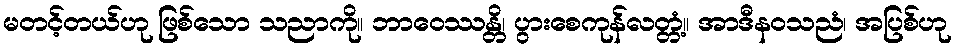
မတင့်တယ်ဟု ဖြစ်သော သညာကို။ ဘာဝေဿန္တိ၊ ပွားစေကုန်လတ္တံ့။ အာဒီနဝသညံ၊ အပြစ်ဟု